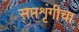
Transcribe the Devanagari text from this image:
सप्तशृंगीचा